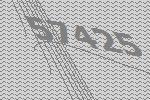
57425